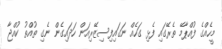
މީހެއްގެ ފުއްޕާމޭ ތެރޭގައި ފެޅި ގަހެއް ނަގައިފިސިޒޭރިއަން ހަދައިގެން ނެގި ތުއްތު ކުއްޖާ